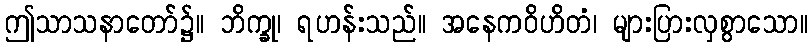
ဤသာသနာတော်၌။ ဘိက္ခု၊ ရဟန်းသည်။ အနေကဝိဟိတံ၊ များပြားလှစွာသော။